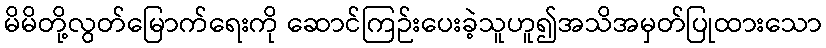
မိမိတို့လွတ်မြောက်ရေးကို ဆောင်ကြဉ်းပေးခဲ့သူဟူ၍အသိအမှတ်ပြုထားသော